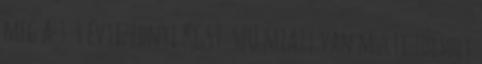
meg a 3-4 évtizednyi KGST SZU miatt van multi túlsúly